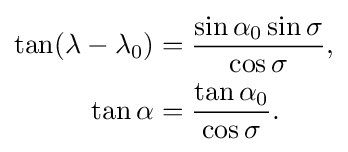
{\begin{aligned}\tan(\lambda -\lambda _{0})&={\frac {\sin \alpha _{0}\sin \sigma }{\cos \sigma }},\\\tan \alpha &={\frac {\tan \alpha _{0}}{\cos \sigma }}.\end{aligned}}